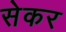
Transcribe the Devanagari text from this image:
सेकर